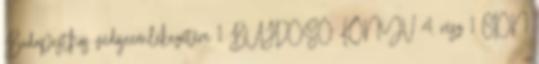
Budapesthős védőjeemlékezetére 1 BUJDOSÓ KÖNYV 4. rész 1 CION